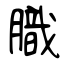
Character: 膱